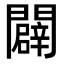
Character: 闢